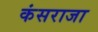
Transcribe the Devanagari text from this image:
कंसराजा